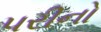
પરીનો